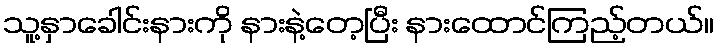
သူ့နှာခေါင်းနားကို နားနဲ့တေ့ပြီး နားထောင်ကြည့်တယ်။